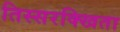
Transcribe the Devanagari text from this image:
तिस्सरक्खिता